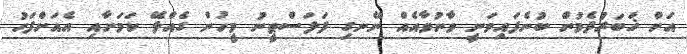
އަށް ޚަބަރުދެމުން ބުނެފައިވަނީ ވާނުވާއެއް ނޭނގި ފަލަސްޠީނު މީހުން ގެއްލޭ ކަމަށާއި އެއަށްފަހު